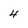
Character: 4